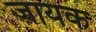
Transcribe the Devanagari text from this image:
जायक